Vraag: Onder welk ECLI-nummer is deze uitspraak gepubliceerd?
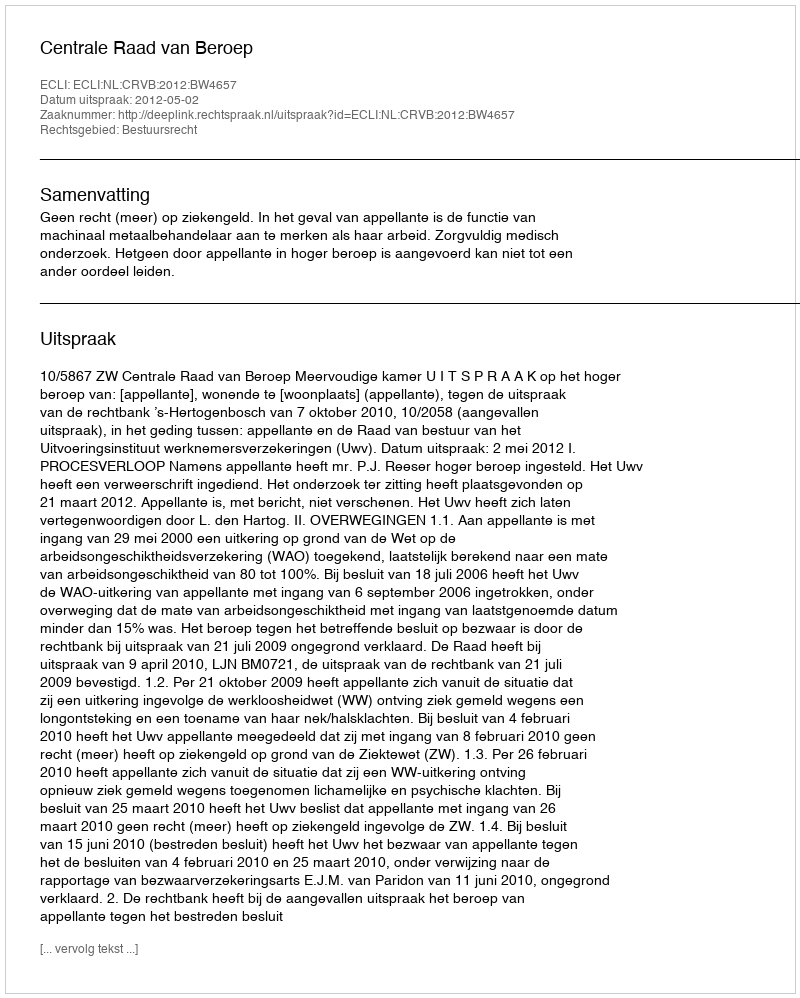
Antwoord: ECLI:NL:CRVB:2012:BW4657